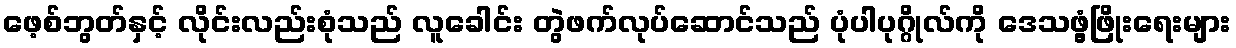
ဖေ့စ်ဘွတ်နှင့် လိုင်းလည်းစုံသည် လူခေါင်း တွဲဖက်လုပ်ဆောင်သည် ပုံပါပုဂ္ဂိုလ်ကို ဒေသဖွံ့ဖြိုးရေးများ